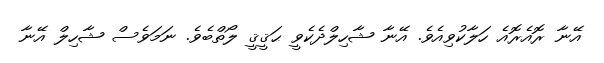
އޭނާ ރޮއެރޮއެ ހަލާކުވިއެވެ. އޭނާ ޝާހިލްދެކެވީ ޙަޤީޤީ ލޯތްބެވެ. ނަމަވެސް ޝާހިލް އޭނާ